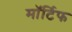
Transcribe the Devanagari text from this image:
मॉर्टिफ